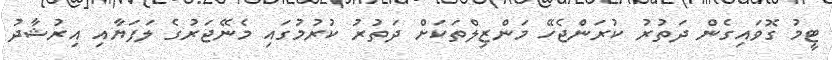
ޓީމު ގޮވައިގެން ދަތުރު ކުރަންޖެހޭ މަންޒިލްތަކަށް ދަތުރު ކުރުމުގައި މެނޭޖަރުގެ ލަފަޔާއި އިރުޝާދު